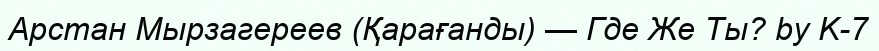
Арстан Мырзагереев (Қарағанды) — Где Же Ты? by K-7